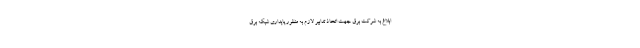
ابلاغ به شرکت برق جهت اتخاذ تدابیر لازم به منظور پایداری شبکه برق